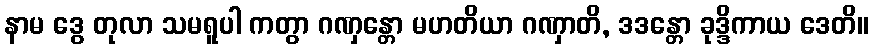
နာမ ဒွေ တုလာ သမရူပါ ကတွာ ဂဏှန္တော မဟတိယာ ဂဏှာတိ, ဒဒန္တော ခုဒ္ဒိကာယ ဒေတိ။